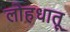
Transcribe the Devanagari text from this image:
लोहधातू